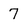
Character: 7